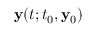
\mathbf { y } ( t ; t _ { 0 } , \mathbf { y } _ { 0 } )